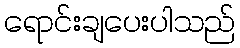
ရောင်းချပေးပါသည်